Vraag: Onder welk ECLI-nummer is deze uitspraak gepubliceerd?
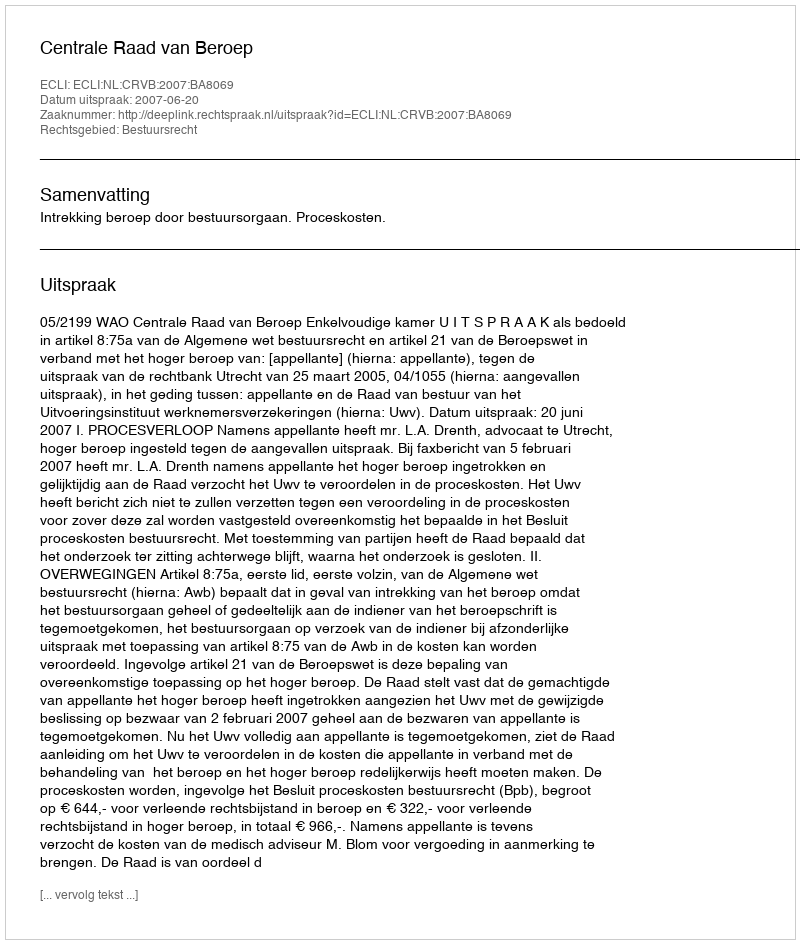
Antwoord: ECLI:NL:CRVB:2007:BA8069